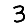
Digit: 3